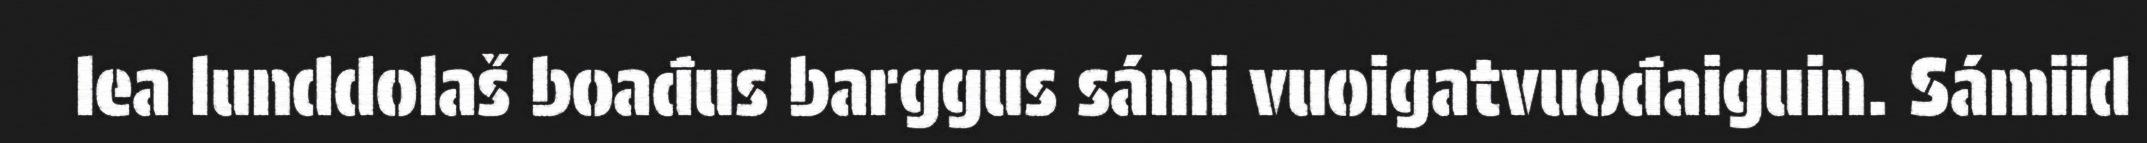
lea lunddolaš boađus barggus sámi vuoigatvuođaiguin. Sámiid